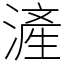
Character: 滻